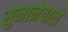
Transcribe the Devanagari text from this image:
सुनानेवाले